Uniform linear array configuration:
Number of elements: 48
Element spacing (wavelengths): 0.75
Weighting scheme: hamming
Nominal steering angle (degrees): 0
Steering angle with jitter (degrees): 0.2341
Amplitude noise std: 0.05
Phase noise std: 0.05

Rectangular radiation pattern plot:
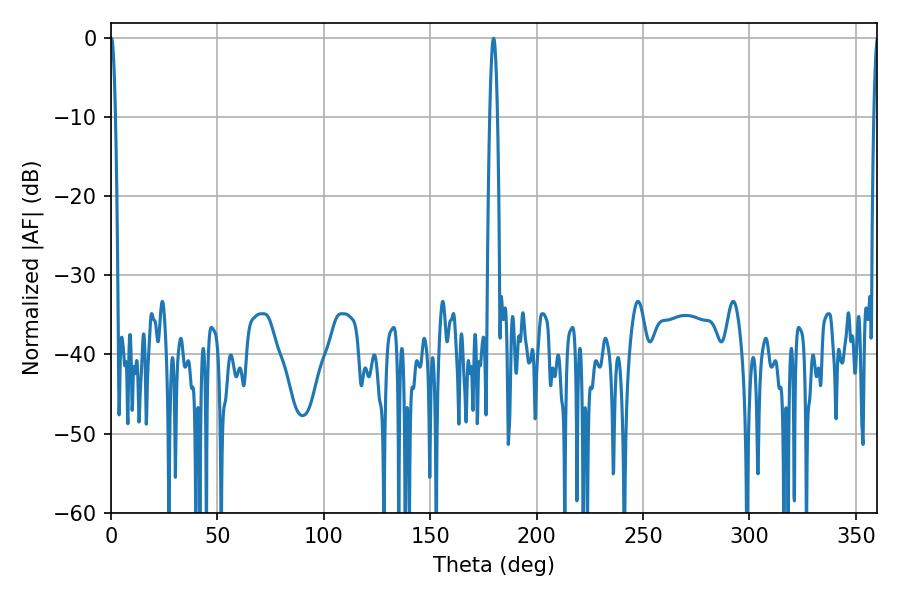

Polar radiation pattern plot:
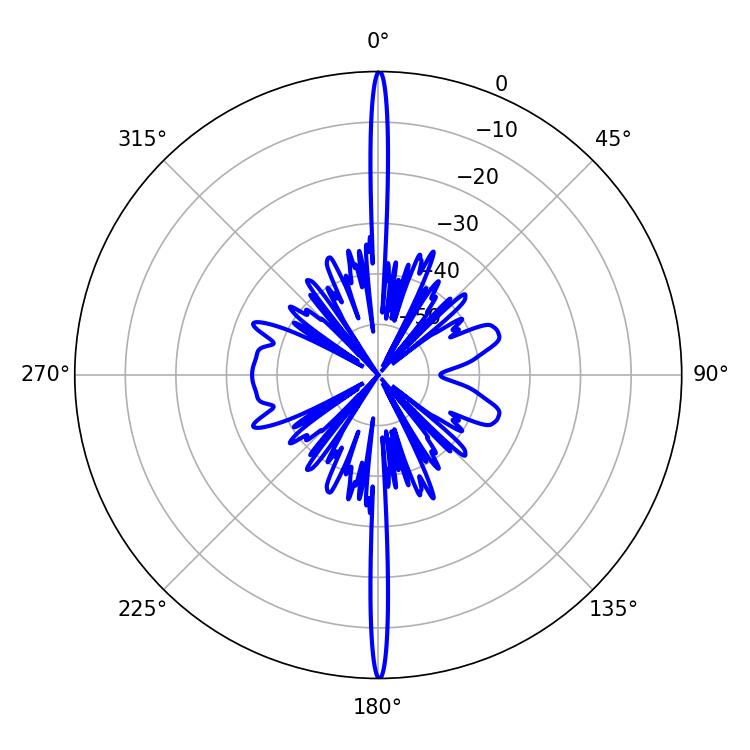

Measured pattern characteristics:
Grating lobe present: TRUE
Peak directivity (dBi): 39.442
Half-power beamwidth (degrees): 1.26
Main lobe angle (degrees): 0.18